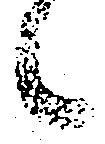
候